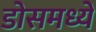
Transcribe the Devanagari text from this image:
डोसमध्ये